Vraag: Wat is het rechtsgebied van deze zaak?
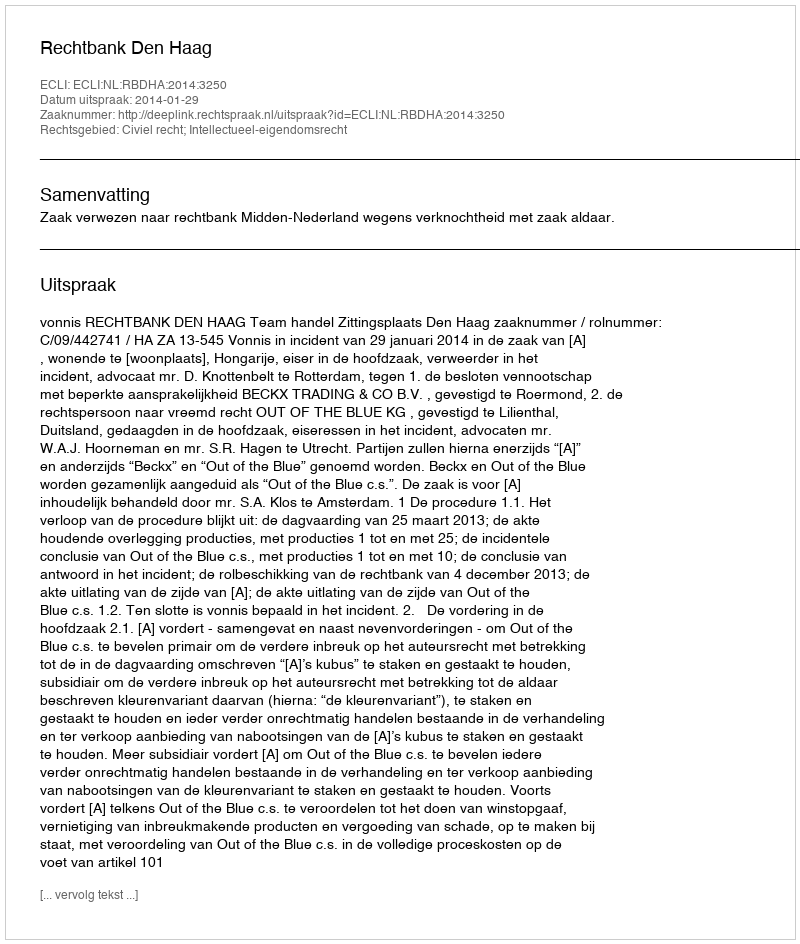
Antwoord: Civiel recht; Intellectueel-eigendomsrecht